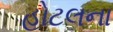
હોટલના